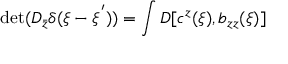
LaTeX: \mathrm { d e t } ( D _ { \bar { z } } \delta ( \xi - \xi ^ { ' } ) ) = \int { \cal D } [ c ^ { z } ( \xi ) , b _ { z z } ( \xi ) ]